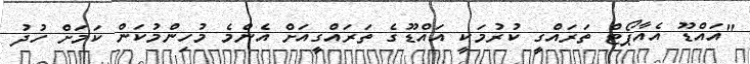
"އައްޑޫ އެއާޕޯޓް ތަރައްގީ ކުރުމަކީ އައްޑޫގެ ތަރައްގީއަށް އެންމެ މުހިންމުކަން ކަމަށް ހުދު